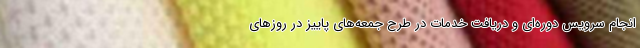
انجام سرویس دوره‌ای و دریافت خدمات در طرح جمعه‌های پاییز در روزهای